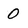
Character: o